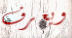
ويعرف